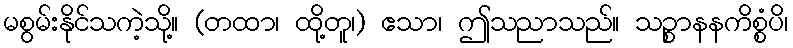
မစွမ်းနိုင်သကဲ့သို့။ (တထာ၊ ထို့တူ၊) ဧသာ၊ ဤသညာသည်။ သဉ္စာနနကိစ္စံပိ၊